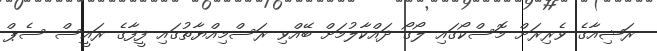
ރަޝިއާގެ ވެރިރަށް މޮސްކޯގައި ލޯގޯ ދައްކާލުމަށް ބޭއްވި ރަސްމިއްޔާތުގައި ފީފާގެ ރައީސް ސެޕް